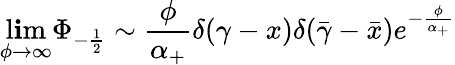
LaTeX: \operatorname*{l\mathbf{i}m}_{\phi\rightarrow\infty}\Phi_{-\frac{1}{2}}\sim\frac{\phi}{{\alpha_{+}}}\delta(\gamma-x)\delta(\bar{{\gamma}}-\bar{{x}})e^{-\frac{{\phi}}{{\alpha_{+}}}}